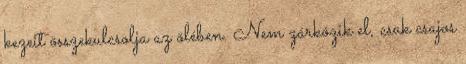
kezeit összekulcsolja az ölében. Nem zárkózik el, csak csajos